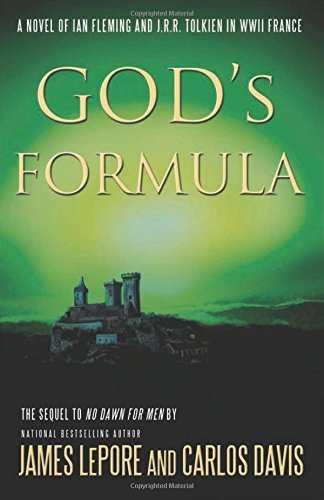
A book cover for God's Formula; James Lepore; Literature & Fiction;